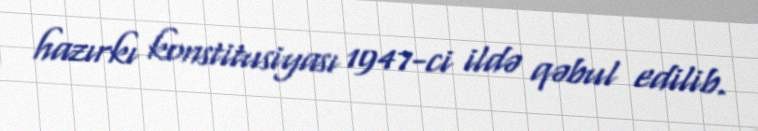
hazırkı konstitusiyası 1947-ci ildə qəbul edilib.